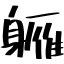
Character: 軅